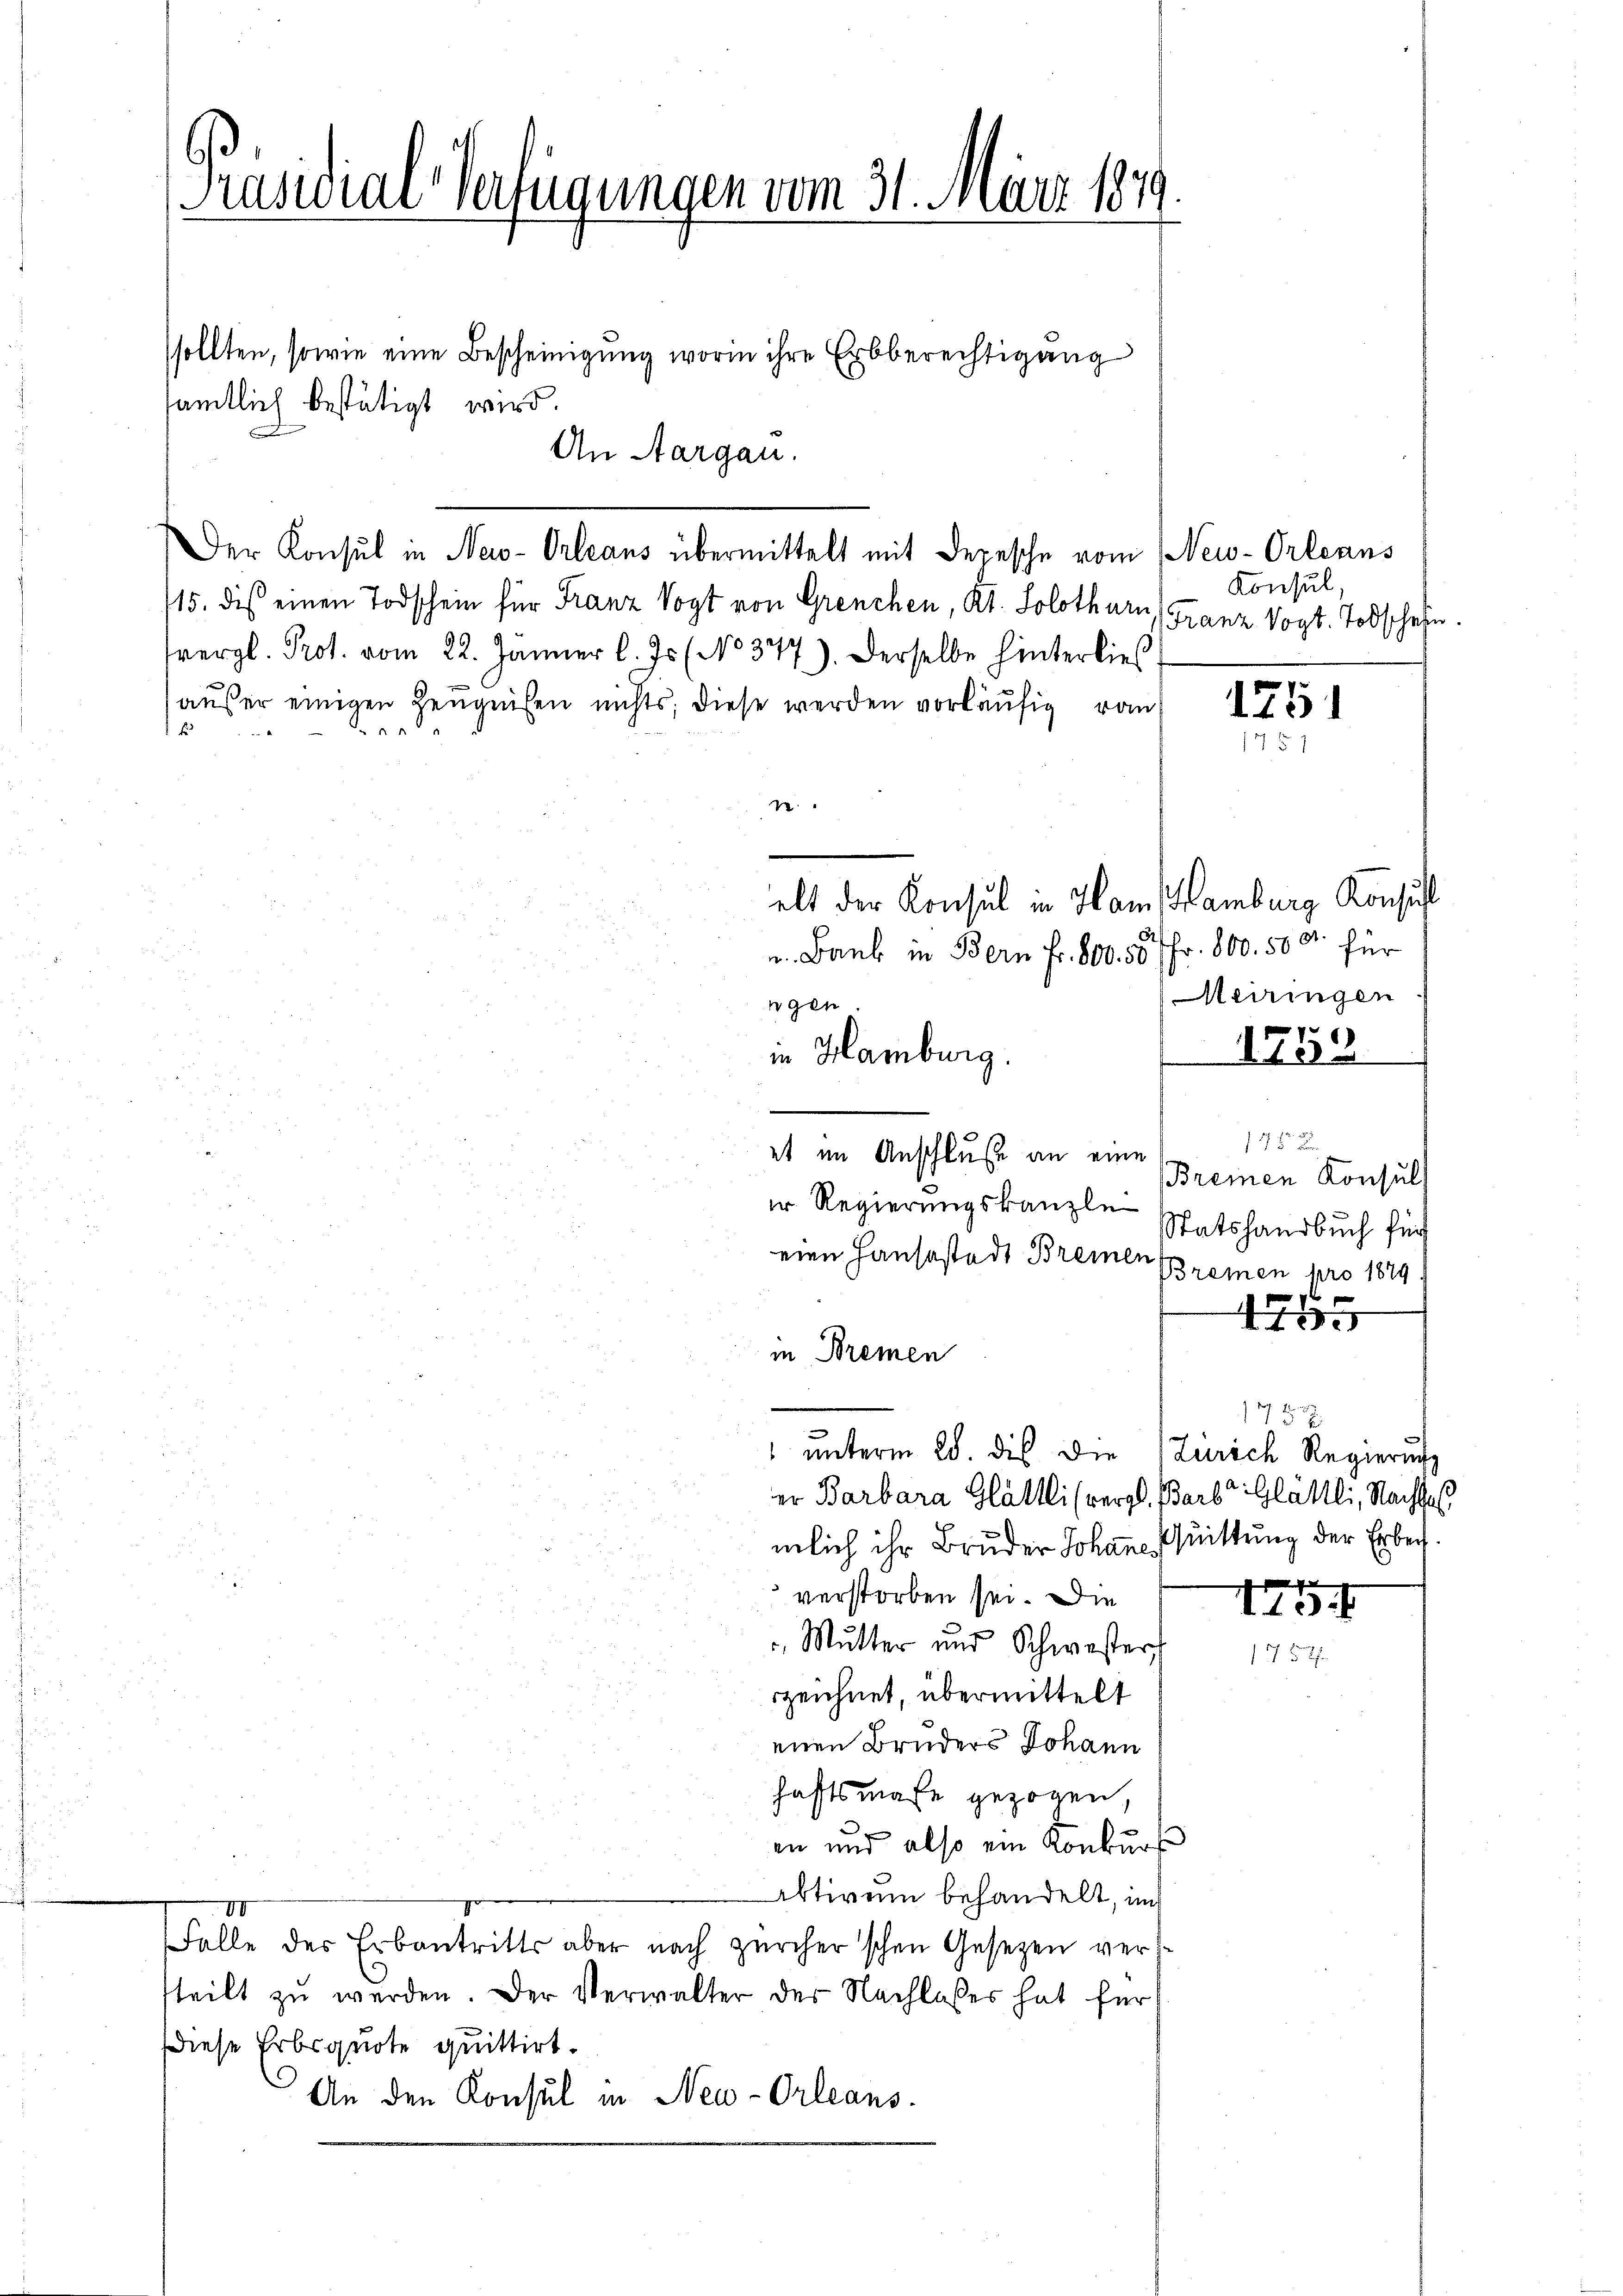
.
Prastiar Verfügungen vom 31. März 1879
sollten, sowie eine Bescheinigung worin ihre Erbberechtigung
sämtlich bestätigt wird.
An Aargau.

Konsul
15. dis einen Todschein für Franz Vogt von Grenchen, Kt. Solothurn
Franz Vogt. Todschaft
tvergl. Prot. vom 22. Jänner l. Js. (No 377). Derselbe hinterlies
außer einigen Zeugnissen nichts, diese werden vorläufig von
2
elt der Konsul in Ham Hamburg Konsult
6
u. Bank in Bern fr. 800. 50 fr. 800. 500. für
Meiringen
egen.
in Hamburg.
1752
145 x
et im Anschluße an eine
Bremen Konsuls
er Regierungskanzle
Statshandbuch für
eine Hausestadt Bremen
Bremen pro 1879

4
448 x
in Bremen
1787
" unterm 28. des Die (Zürich Regierung
er Barbara Glättli (vergl. Barb. Glättli, Nachte
mlich ihr Bruder Johann Quittung der Erbei¬

verstorben sei. Die
143
 Mutter und Schwester,
1757
zeichnet, übermittelt
einen Bruders Johann
haftsmaße gezogen,
.
en und also ein Konkurs
Aktiven behandelt, im
VI
Falle der Erbantritts aber nach Zürcher'schen Gesezen versteilt zŭ werden. Der Verwalter der Nachlasses hat für
diese Erbquote quittirt.
An den Konsul in Neu-Orleans

Der Konsul in New-Orleans übermittelt mit Depesche vom New-Orleans

¬